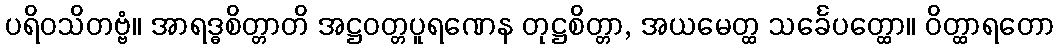
ပရိဝသိတဗ္ဗံ။ အာရဒ္ဓစိတ္တာတိ အဋ္ဌဝတ္တပူရဏေန တုဋ္ဌစိတ္တာ, အယမေတ္ထ သင်္ခေပတ္ထော။ ဝိတ္ထာရတော